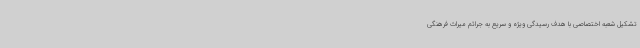
تشکیل شعبه اختصاصی با هدف رسیدگی ویژه و سریع به جرائم میراث فرهنگی